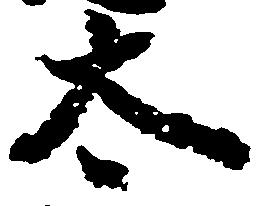
太